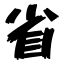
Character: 省